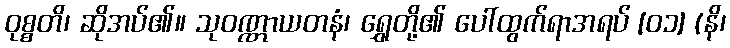
ဝုစ္စတိ၊ ဆိုအပ်၏။ သုဝဏ္ဏာယတနံ၊ ရွှေတို့၏ ပေါ်ထွက်ရာအရပ် [၀၁] (နိ၊